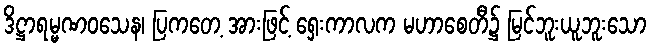
ဒိဋ္ဌာရမ္မဏဝသေန၊ ပြကတေ့ အားဖြင့် ရှေးကာလက မဟာစေတီ၌ မြင်ဘူးယူဘူးသော